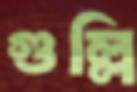
গুল্লি